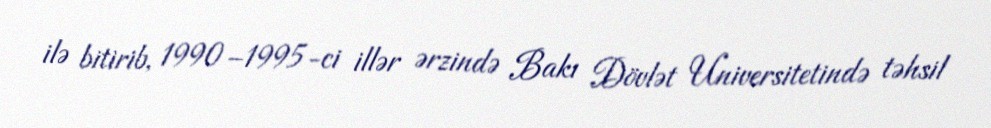
ilə bitirib, 1990–1995-ci illər ərzində Bakı Dövlət Universitetində təhsil